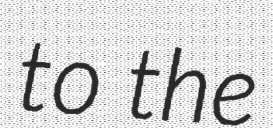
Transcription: to the